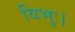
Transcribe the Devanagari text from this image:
विभुः।